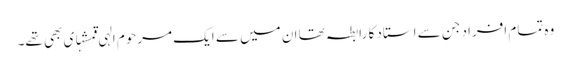
وہ تمام افراد جن سے استاد کا رابطہ تھا ان میں سے ایک مرحوم الہی قمشہ‏ای بھی تھے۔